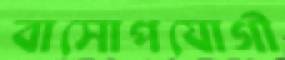
বাসোপযোগী